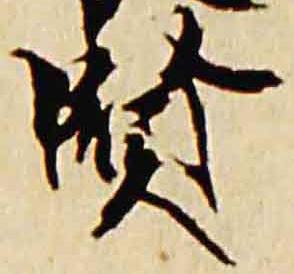
賢